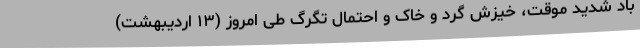
باد شدید موقت، خیزش گرد و خاک و احتمال تگرگ طی امروز (۱۳ اردیبهشت)